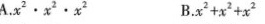
A.x^{2}·x^{2}·x^{2} B.x^{2}+x^{8}+x^{2}